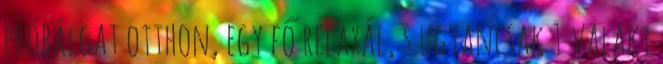
próbálgat otthon, egy fő relaxál, s ugyancsak 1 valaki